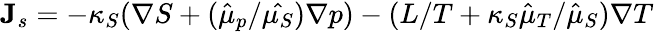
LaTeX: {\mathbf J}_{s}=-\kappa_{S}(\nabla S+(\hat{\mu}_{p}/\hat{\mu_{S}})\nabla p)-(L/T+\kappa_{S}\hat{\mu}_{T}/\hat{\mu}_{S})\nabla T